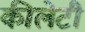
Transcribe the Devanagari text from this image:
कीलेटी